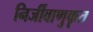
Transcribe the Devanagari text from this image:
निर्जीवाणुकृत